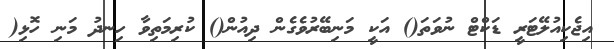
އިޖެކިއުލޭޓަރީ ޑަކްޓް ނުވަތަ() އަކީ މަނިބޭރުވެގެން ދިއުން() ކުރިމަތިވާ ހިނދު މަނި ހޮޅި(